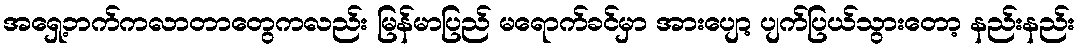
အရှေ့ဘက်ကလာတာတွေကလည်း မြန်မာပြည် မရောက်ခင်မှာ အားပျော့ ပျက်ပြယ်သွားတော့ နည်းနည်း